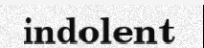
indolent